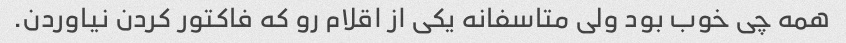
همه چی خوب بود ولی متاسفانه یکی از اقلام رو که فاکتور کردن نیاوردن.